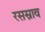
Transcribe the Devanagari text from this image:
रसस्राव